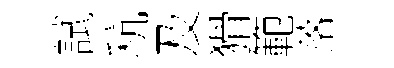
試秔及猾範落